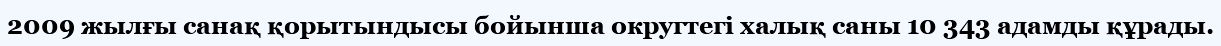
2009 жылғы санақ қорытындысы бойынша округтегі халық саны 10 343 адамды құрады.